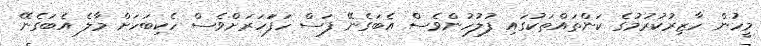
މީހުން ހާޒިރުކުރުމުގެ ކަންތައްތަކުގައި ފުލުހުންވެސް އެބަގެނޭ ފަސް ހަފަަހަރަށްވެސް ހެކިބަހަށް މާލެ އެބަގެނޭ